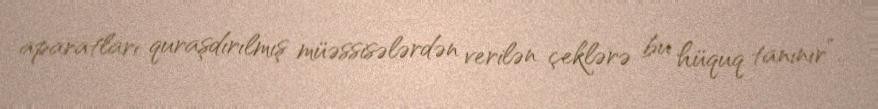
aparatları quraşdırılmış müəssisələrdən verilən çeklərə bu hüquq tanınır”.